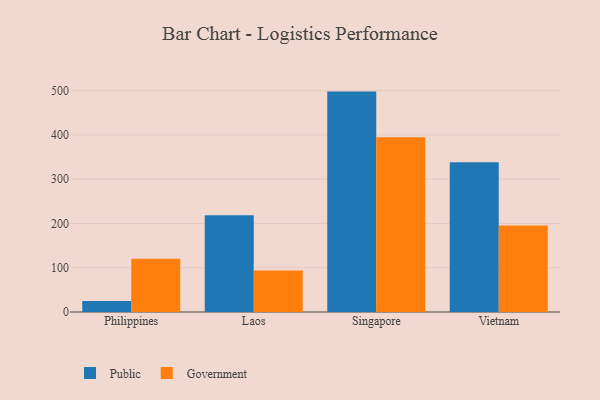
{"axis": {"x": "Country", "y": "Latency (ms)"}, "legend": ["Government", "Public"], "data": [{"x": "Philippines", "y": 24.6, "type": "Public"}, {"x": "Philippines", "y": 120.2, "type": "Government"}, {"x": "Laos", "y": 218.5, "type": "Public"}, {"x": "Laos", "y": 93.8, "type": "Government"}, {"x": "Singapore", "y": 497.7, "type": "Public"}, {"x": "Singapore", "y": 394.7, "type": "Government"}, {"x": "Vietnam", "y": 338.3, "type": "Public"}, {"x": "Vietnam", "y": 195.5, "type": "Government"}]}